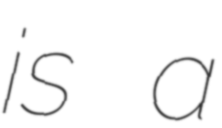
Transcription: is a